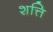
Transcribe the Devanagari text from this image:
शत्ति